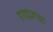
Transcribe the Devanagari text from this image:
हाइड्रेज़ाइड